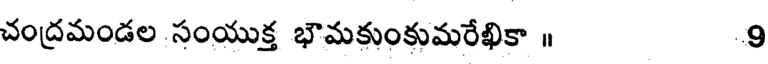
చంద్రమండల సంయుక్త భౌమకుంకుమరేఖికా ॥ 9